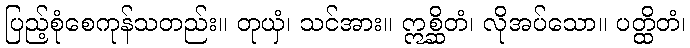
ပြည့်စုံစေကုန်သတည်း။ တုယှံ၊ သင်အား။ ဣစ္ဆိတံ၊ လိုအပ်သော။ ပတ္ထိတံ၊